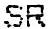
SR